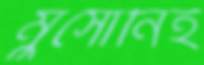
মুসোনিই